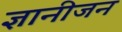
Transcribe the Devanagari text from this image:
ज्ञानीजन